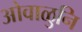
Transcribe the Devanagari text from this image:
ओवाळुनि